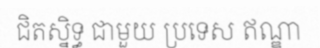
ជិតស្និទ្ធ ជាមួយ ប្រទេស ឥណ្ឌា